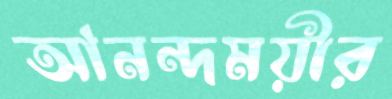
আনন্দময়ীর